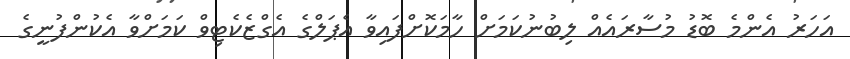
އަހަރު އެންމެ ބޮޑު މުސާރައެއް ލިބުނުކަމަށް ހާމަކޮށްފައިވާ އެޕަލްގެ އެގްޒެކެޓިވް ކަމަށްވާ އެކުންފުނީގެ